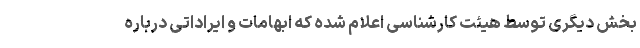
بخش دیگری توسط هیئت کارشناسی اعلام شده که ابهامات و ایراداتی درباره